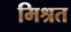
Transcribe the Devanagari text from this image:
मिश्रत